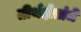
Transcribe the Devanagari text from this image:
तीर्थक्षेत्रांचे